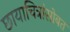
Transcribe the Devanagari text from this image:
छायाचित्रांसोबत